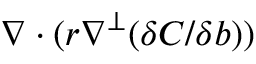
\nabla \cdot ( r \nabla ^ { \perp } ( \delta C / \delta b ) )